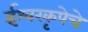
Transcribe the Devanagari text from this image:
ईश्वरकृपेचे